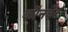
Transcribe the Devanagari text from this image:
कॉनवेंट